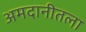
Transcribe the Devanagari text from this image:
अमदानीतला